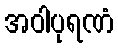
အဝါပုရဏံ